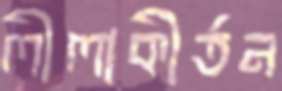
লীলাকীর্তন